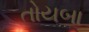
તોયબા